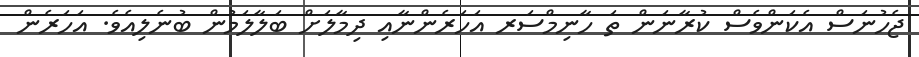
ޖެހުނަސް އެކަންވެސް ކުރާނަން ތަ ހާނިމްސަރ އަހަރެންނާއި ދިމާލަށް ބަލާލަމުން ބުނެލިއެވެ. އަހަރެން